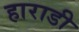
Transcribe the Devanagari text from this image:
हाराडी